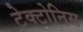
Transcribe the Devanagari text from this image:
टेक्टोनिस